Medical and sanitary report of the native army of Bengal for the year
Year: 1874
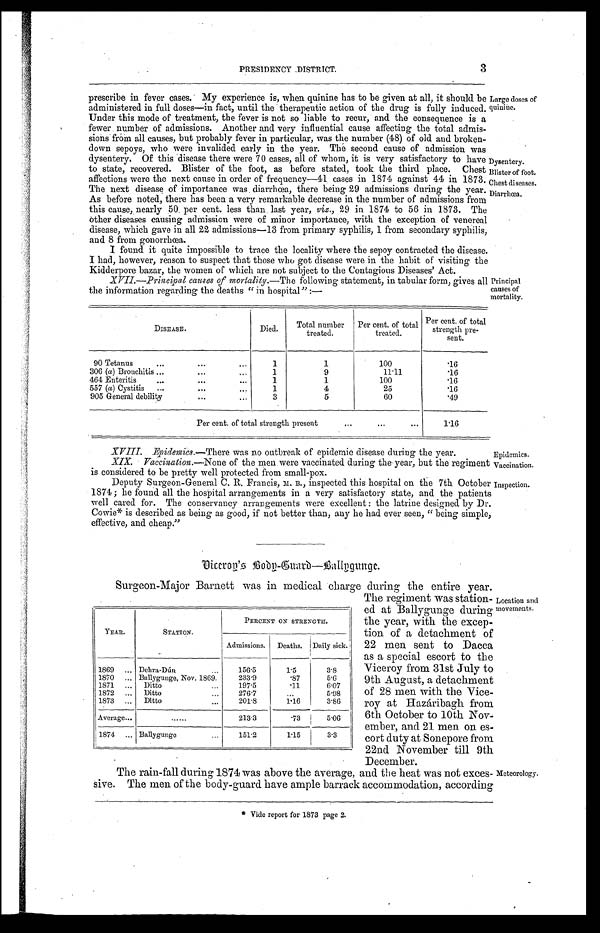
Epidemics.
Vaccination.
Inspection.
3
PRESIDENCY DISTRICT.
prescribe in fever cases. My experience is, when quinine has to be given at all, it should be
administered in full doses—in fact, until the therapeutic action of the drug is fully induced.
Under this mode of treatment, the fever is not so liable to recur, and the consequence is a
fewer number of admissions. Another and very influential cause affecting the total admis
-
sions from all causes, but probably fever in particular, was the number (48) of old and broken
-
down sepoys, who were invalided early in the year. The second cause of admission was
dysentery. Of this disease there were 70 cases, all of whom, it is very satisfactory to have
to state, recovered. Blister of the foot, as before stated, took the third place. Chest
affections were the next cause in order of frequency—41 eases in 1874 against 44 in 1873.
The next disease of importance was diarrhœa, there being 29 admissions during the year.
As before noted, there has been a very remarkable decrease in the number of admissions from
this cause, nearly 50 per cent. less than last year, viz., 29 in 1874 to 56 in 1873. The
Other diseases causing admission were of minor importance, with the exception of venereal
disease, which gave in all 22 admissions—13 from primary syphilis, 1 from secondary syphilis,
and 8 from gonorrhœa.
I found it quite impossible to trace the locality where the sepoy contracted the disease.
I had, however, reason to suspect that those who got disease were in the habit of visiting the
Kidderpore bazar, the women of which are not subject to the Contagious Diseases' Act.
XVII.—Principal causes of mortality.—The following statement, in tabular form, gives all
the information regarding the deaths "in hospital":—
Large doses of
quinine.
Dysentery.
Blister of foot.
Chest diseases.
Diarrhœa.
Principal
causes of
mortality.
DISEASE.
Died.
Total number
treated.
Per cent. of total
treated.
Per cent. of total
strength pre-
sent.
90 Tetanus . . .
1
1
100
.16
306 (a) Bronchitis . . .
1
9
11.11
.16
464 Enteritis . . .
1
1
100
.16
557 (a) Cystitis . . .
1
4
25
.16
905 General debility . . .
3
5
60
.49
Per cent. of total strength present . . .
1.16
XIX. Vaccination .—None of the men were vaccinated during the year, but the regiment
is considered to be pretty well protected from small-pox.
Deputy Surgeon-General C. R. Francis, M. B., inspected this hospital on the 7th October
1871; he found all the hospital arrangements in a very satisfactory state, and the patients
well cared for. The conservancy arrangements were excellent: the latrine designed by Dr.
Cowie* is described as being as good, if not better than, any he had ever seen, "being simple,
effective, and cheap."
XVIII. Epidemics.—There was no outbreak of epidemic disease during the year.
Surgeon-Major Barnett was in medical charge during the entire year.
The regiment was station
-ed at Ballygunge during
the year, with the excep
-tion of a detachment of
22 men sent to Dacca
as a special escort to the
Viceroy from 31st July to
9th August, a detachment
of 28 men with the Vice
-
roy at Hazáribagh from
6th October to 10th Nov
-
ember, and 21 men on es
-
cort duty at Sonepore from
22nd November till 9th
December.
YEAR.
STATION.
PERCENT ON STRENGTH.
Admissions. Deaths. Daily sick.
1869 . . . Dehra-Dún . . .
156.5
1.5
3 . 8
1870 . . . Ballygunge, Nov. 1869.
233.9
.87
5.6
1871 . . . Ditto . . .
197.5
.11
6.07
1872 . . . Ditto . . .
276.7
. . .
5.98
1873 . . . Ditto . . .
201.8
1.16
3.86
Average . . .
. . .
213.3
.73
5.06
1874 . . . Ballygunge . . .
151.2
1.15
3.3
Location and
movements.
The rain-fall during 1874 was above the average, and the heat was not exces
-
sive. The men of the body-guard have ample barrack accommodation, according
Meteorology.
* Vide report for 1873 page 2.